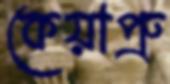
কেয়াপ্রু